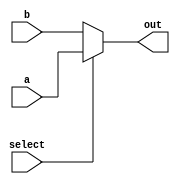
`timescale 1ns / 1ps
//////////////////////////////////////////////////////////////////////////////////
// Company: 
// Engineer: 
// 
// Design Name: 
// Module Name: mux_2to1
// Project Name: 
// Target Devices: 
// Tool Versions: 
// Description: 
// 
// Dependencies: 
// 
// Revision:
// Revision 0.01 - File Created
// Additional Comments:
// 
//////////////////////////////////////////////////////////////////////////////////


module mux_2to1(
    input [7:0] a,
    input [7:0] b,
    input select,
    output [7:0] out
    );

assign out = select ? a:b;

endmodule